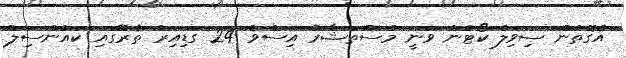
އެގޮތުން ސިވިލް ކޯޓުން ވަނީ މުސްތަޝާރު އިސްވެ 24 ގަޑިއިރު ތެރޭގައި ކައުންސިލް